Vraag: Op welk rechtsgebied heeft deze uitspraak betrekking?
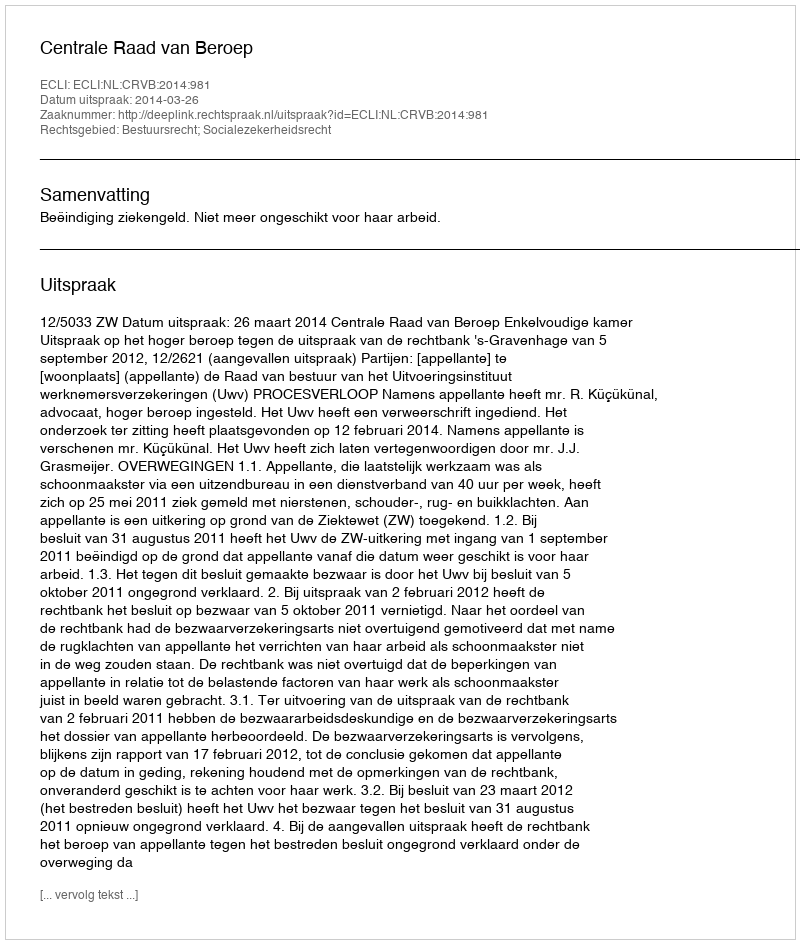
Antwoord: Bestuursrecht; Socialezekerheidsrecht